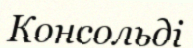
Консольді